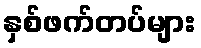
နှစ်ဖက်တပ်များ